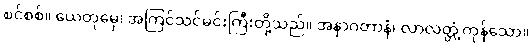
စင်စစ်။ ယေတုမှေ၊ အကြင်သင်မင်းကြီးတို့သည်။ အနာဂတာနံ၊ လာလတ္တံ့ကုန်သော။